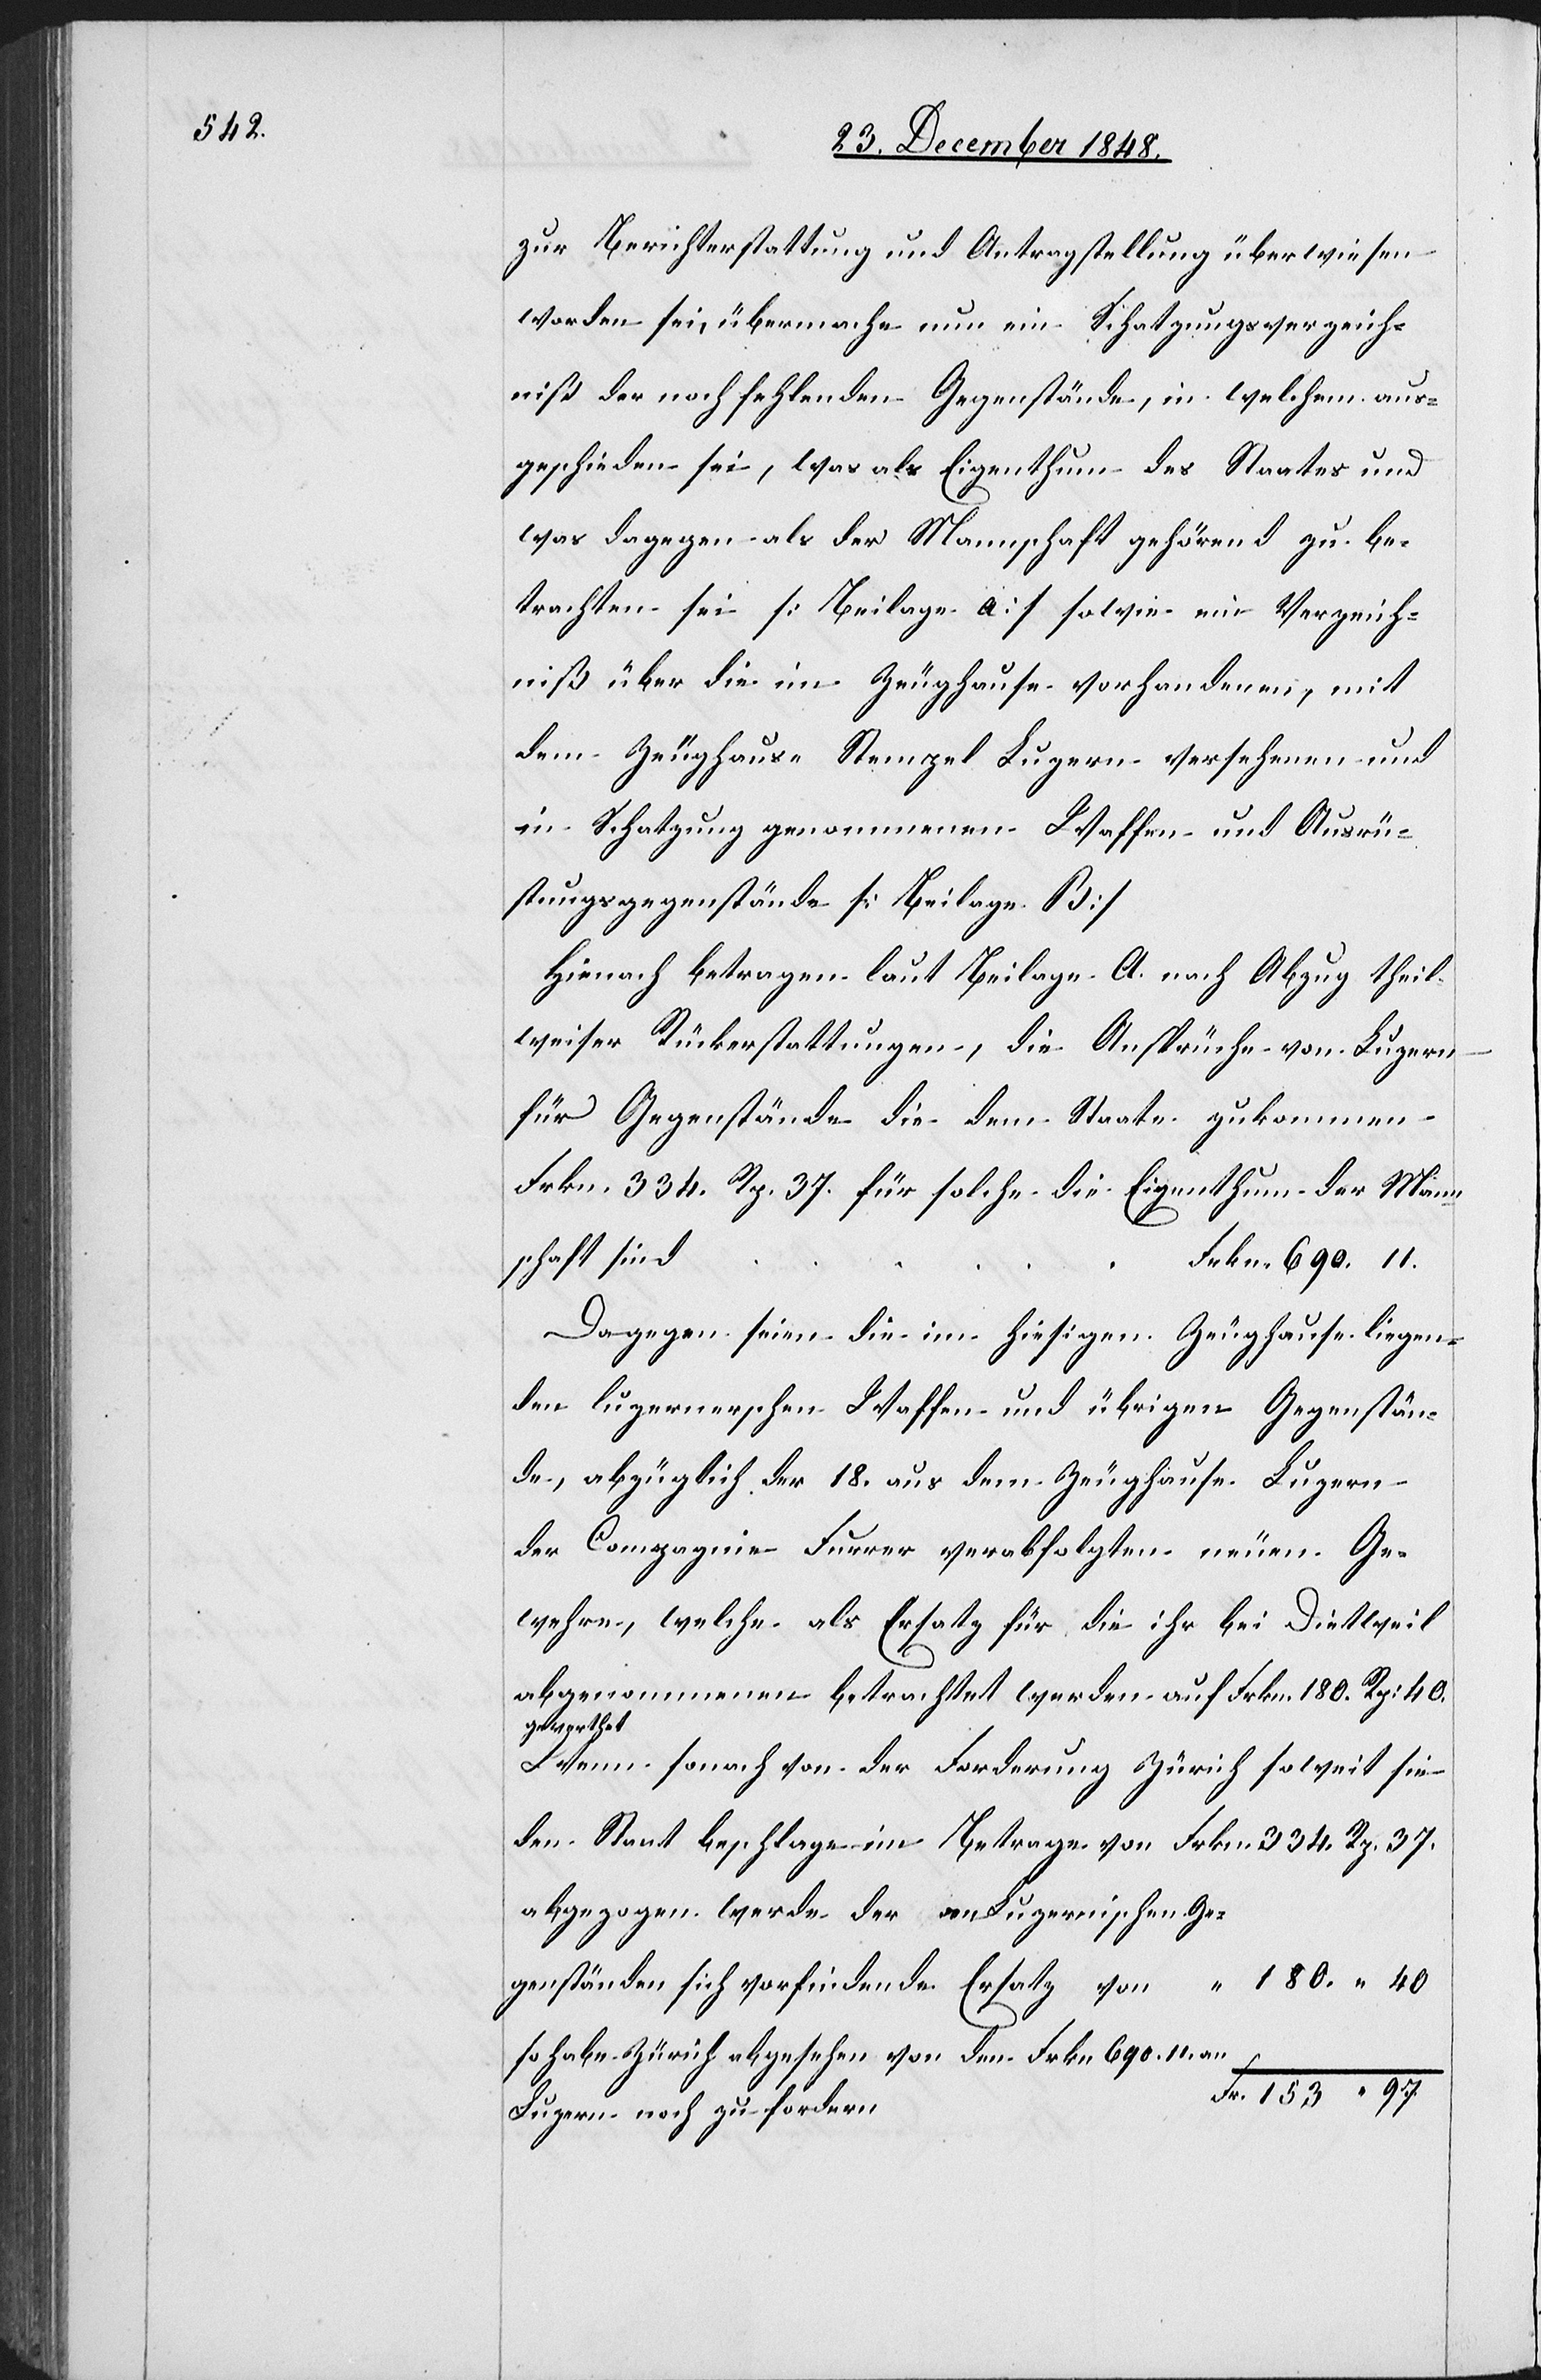
37.

zur Berichterstattung und Antragstellung überwiesen
worden sei, übermache nun ein Schatzungsverzeich¬
niß der noch fehlenden Gegenstände, in welchem aus¬
geschieden sei, was als Eigenthum des Staates und
was dagegen als der Mannschaft gehörend zu be¬
trachten sei [Beilage a] sowie ein Verzeich¬
niß über die im Zeughause vorhandenen, mit
dem Zeughaus-Stempel Luzern versehenen und
in Schatzung genommenen Waffen und Ausrü¬
stungsgegenstände [Beilage B]
Hienach betragen laut Beilage A nach Abzug theil¬
weiser Rückerstattungen, die Ansprüche von Luzern
für Gegenstände die dem Staate zukommen
Frkn. 334. Rp. 37. für solche die Eigenthum der Man¬
rkn. 690.	11.
nschaft sind	F¬
Dagegen seien die im hiesigen Zeughause liegen¬
den luzernerschen Waffen und übrigen Gegenstän¬
de, abzüglich der 18. aus dem Zeughause Luzern
der Compagnie Furrer verabfolgten neuen Ge¬
wehre, welche als Ersatz für die ihr bei Dietweil
abgenommenen betrachtet werden auf 						Frkn.
genständen
Wenn sonach von der Forderung Zürich soweit sie
abgezogen werde der an Luzernischen Ge¬
so habe Zürich abgesehen von den Frkn. 690. 11. an